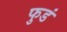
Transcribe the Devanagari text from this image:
फुडं